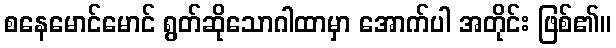
စနေမောင်မောင် ရွတ်ဆိုသောဂါထာမှာ အောက်ပါ အတိုင်း ဖြစ်၏။